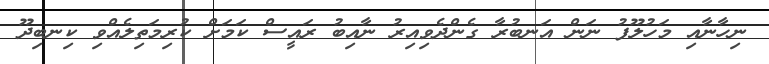
ނިހާނާއި މަހުލޫފު ނަން އަނބުރާ ގެންދެވިއިރު ނާއިބު ރައީސް ކަމަށް ކުރިމަތިލެއްވި ކިނބިދޫ